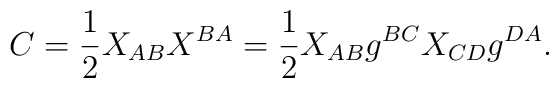
C={\frac{1}{2}} X_{AB} X^{BA} = {\frac{1}{2}}X_{AB} g^{BC} X_{CD} g^{DA}.